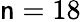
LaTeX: \mathsf{n}=18